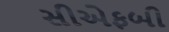
સીએફબી